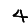
Digit: 4